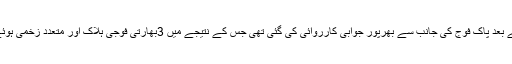
جس کے بعد پاک فوج کی جانب سے بھرپور جوابی کارروائی کی گئی تھی جس کے نتیجے میں 3بھارتی فوجی ہلاک اور متعدد زخمی ہوئے تھے۔